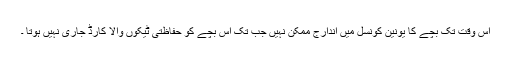
اس وقت تک بچے کا یونین کونسل میں اندارج ممکن نہیں جب تک اس بچے کو حفاظتی ٹیکوں والا کارڈ جاری نہیں ہوتا ۔